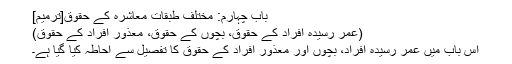
باب چہارم: مختلف طبقات معاشرہ کے حقوق[ترمیم]
(عمر رسیدہ افراد کے حقوق، بچوں کے حقوق، معذور افراد کے حقوق)
اس باب میں عمر رسیدہ افراد، بچوں اور معذور افراد کے حقوق کا تفصیل سے احاطہ کیا گیا ہے۔